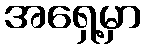
အရှေ့မှာ